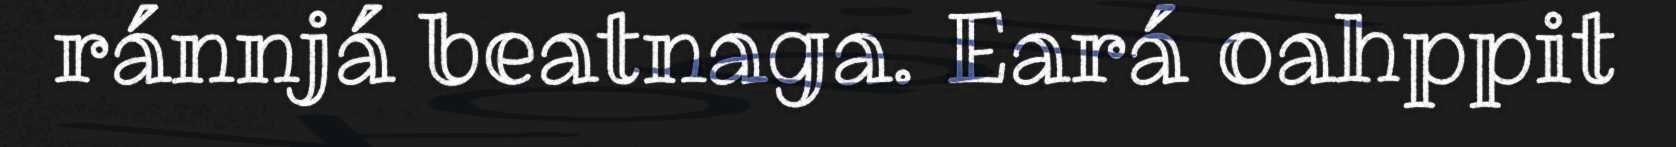
ránnjá beatnaga. Eará oahppit